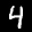
Label: 4